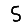
Digit: 5